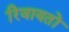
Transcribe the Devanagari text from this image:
रिवायतों